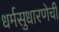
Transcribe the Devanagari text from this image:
धर्मसुधारणेची